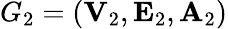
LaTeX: G_{2}=({\mathbf V}_{2},{\mathbf E}_{2},{\mathbf A}_{2})